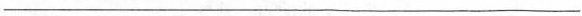
___